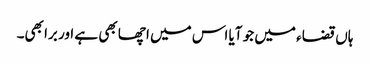
ہاں قضاء میں جو آیا اس میں اچھا بھی ہے اور برا بھی۔